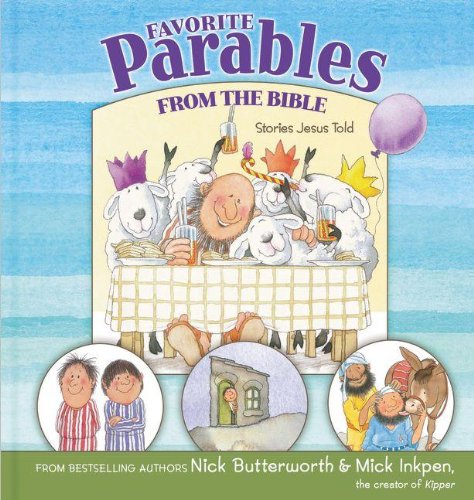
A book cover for Favorite Parables from the Bible: Stories Jesus Told; Nick Butterworth; Christian Books & Bibles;